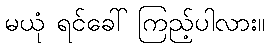
မယုံ ရင်ခေါ် ကြည့်ပါလား။